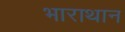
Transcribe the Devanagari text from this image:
भाराथान